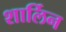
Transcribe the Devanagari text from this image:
शार्लिन